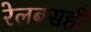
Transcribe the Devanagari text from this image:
रेलबसही